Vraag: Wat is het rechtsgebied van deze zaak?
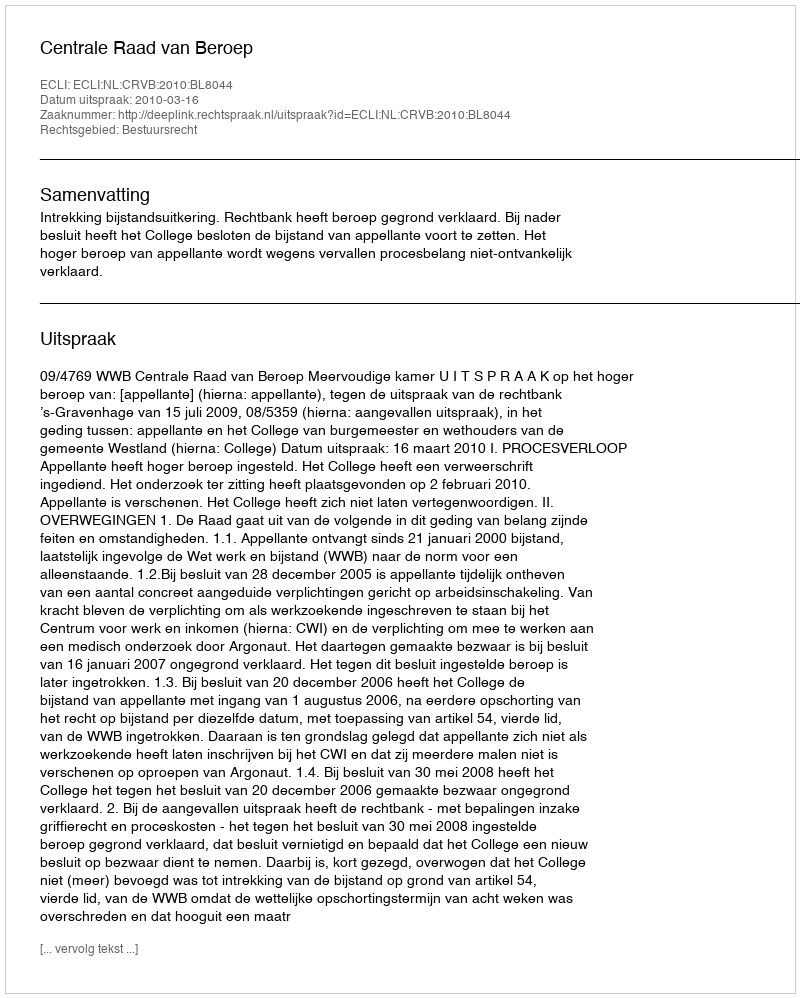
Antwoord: Bestuursrecht